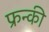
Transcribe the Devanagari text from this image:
फ्रन्की